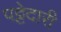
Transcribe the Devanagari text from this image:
पट्टेदारी